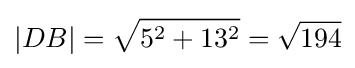
|DB|={\sqrt {5^{2}+13^{2}}}={\sqrt {194}}